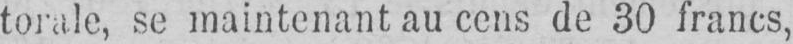
torale, se maintenant au cens de 30 francs,